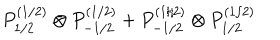
P _ { 1 / 2 } ^ { ( 1 / 2 ) } \otimes P _ { - 1 / 2 } ^ { ( 1 / 2 ) } + P _ { - 1 / 2 } ^ { ( 1 / 2 ) } \otimes P _ { 1 / 2 } ^ { ( 1 / 2 ) }